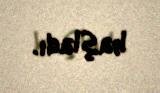
başladı.